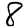
Digit: 8